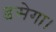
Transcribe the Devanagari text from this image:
डसेगा।